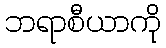
ဘရာစီယာကို